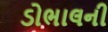
ડોભાલની